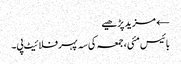
← مزید پڑھیے
بائیس مئی، جمعہ کی سہ پہر فلائیٹ پی۔